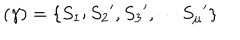
( \gamma ) = \{ S _ { 1 } ; { S _ { 2 } } ^ { \prime } , { S _ { 3 } } ^ { \prime } , \cdots { S _ { \mu } } ^ { \prime } \}